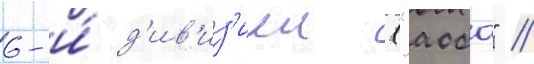
6-и́ д'ив'из'иеи ("аоба" /